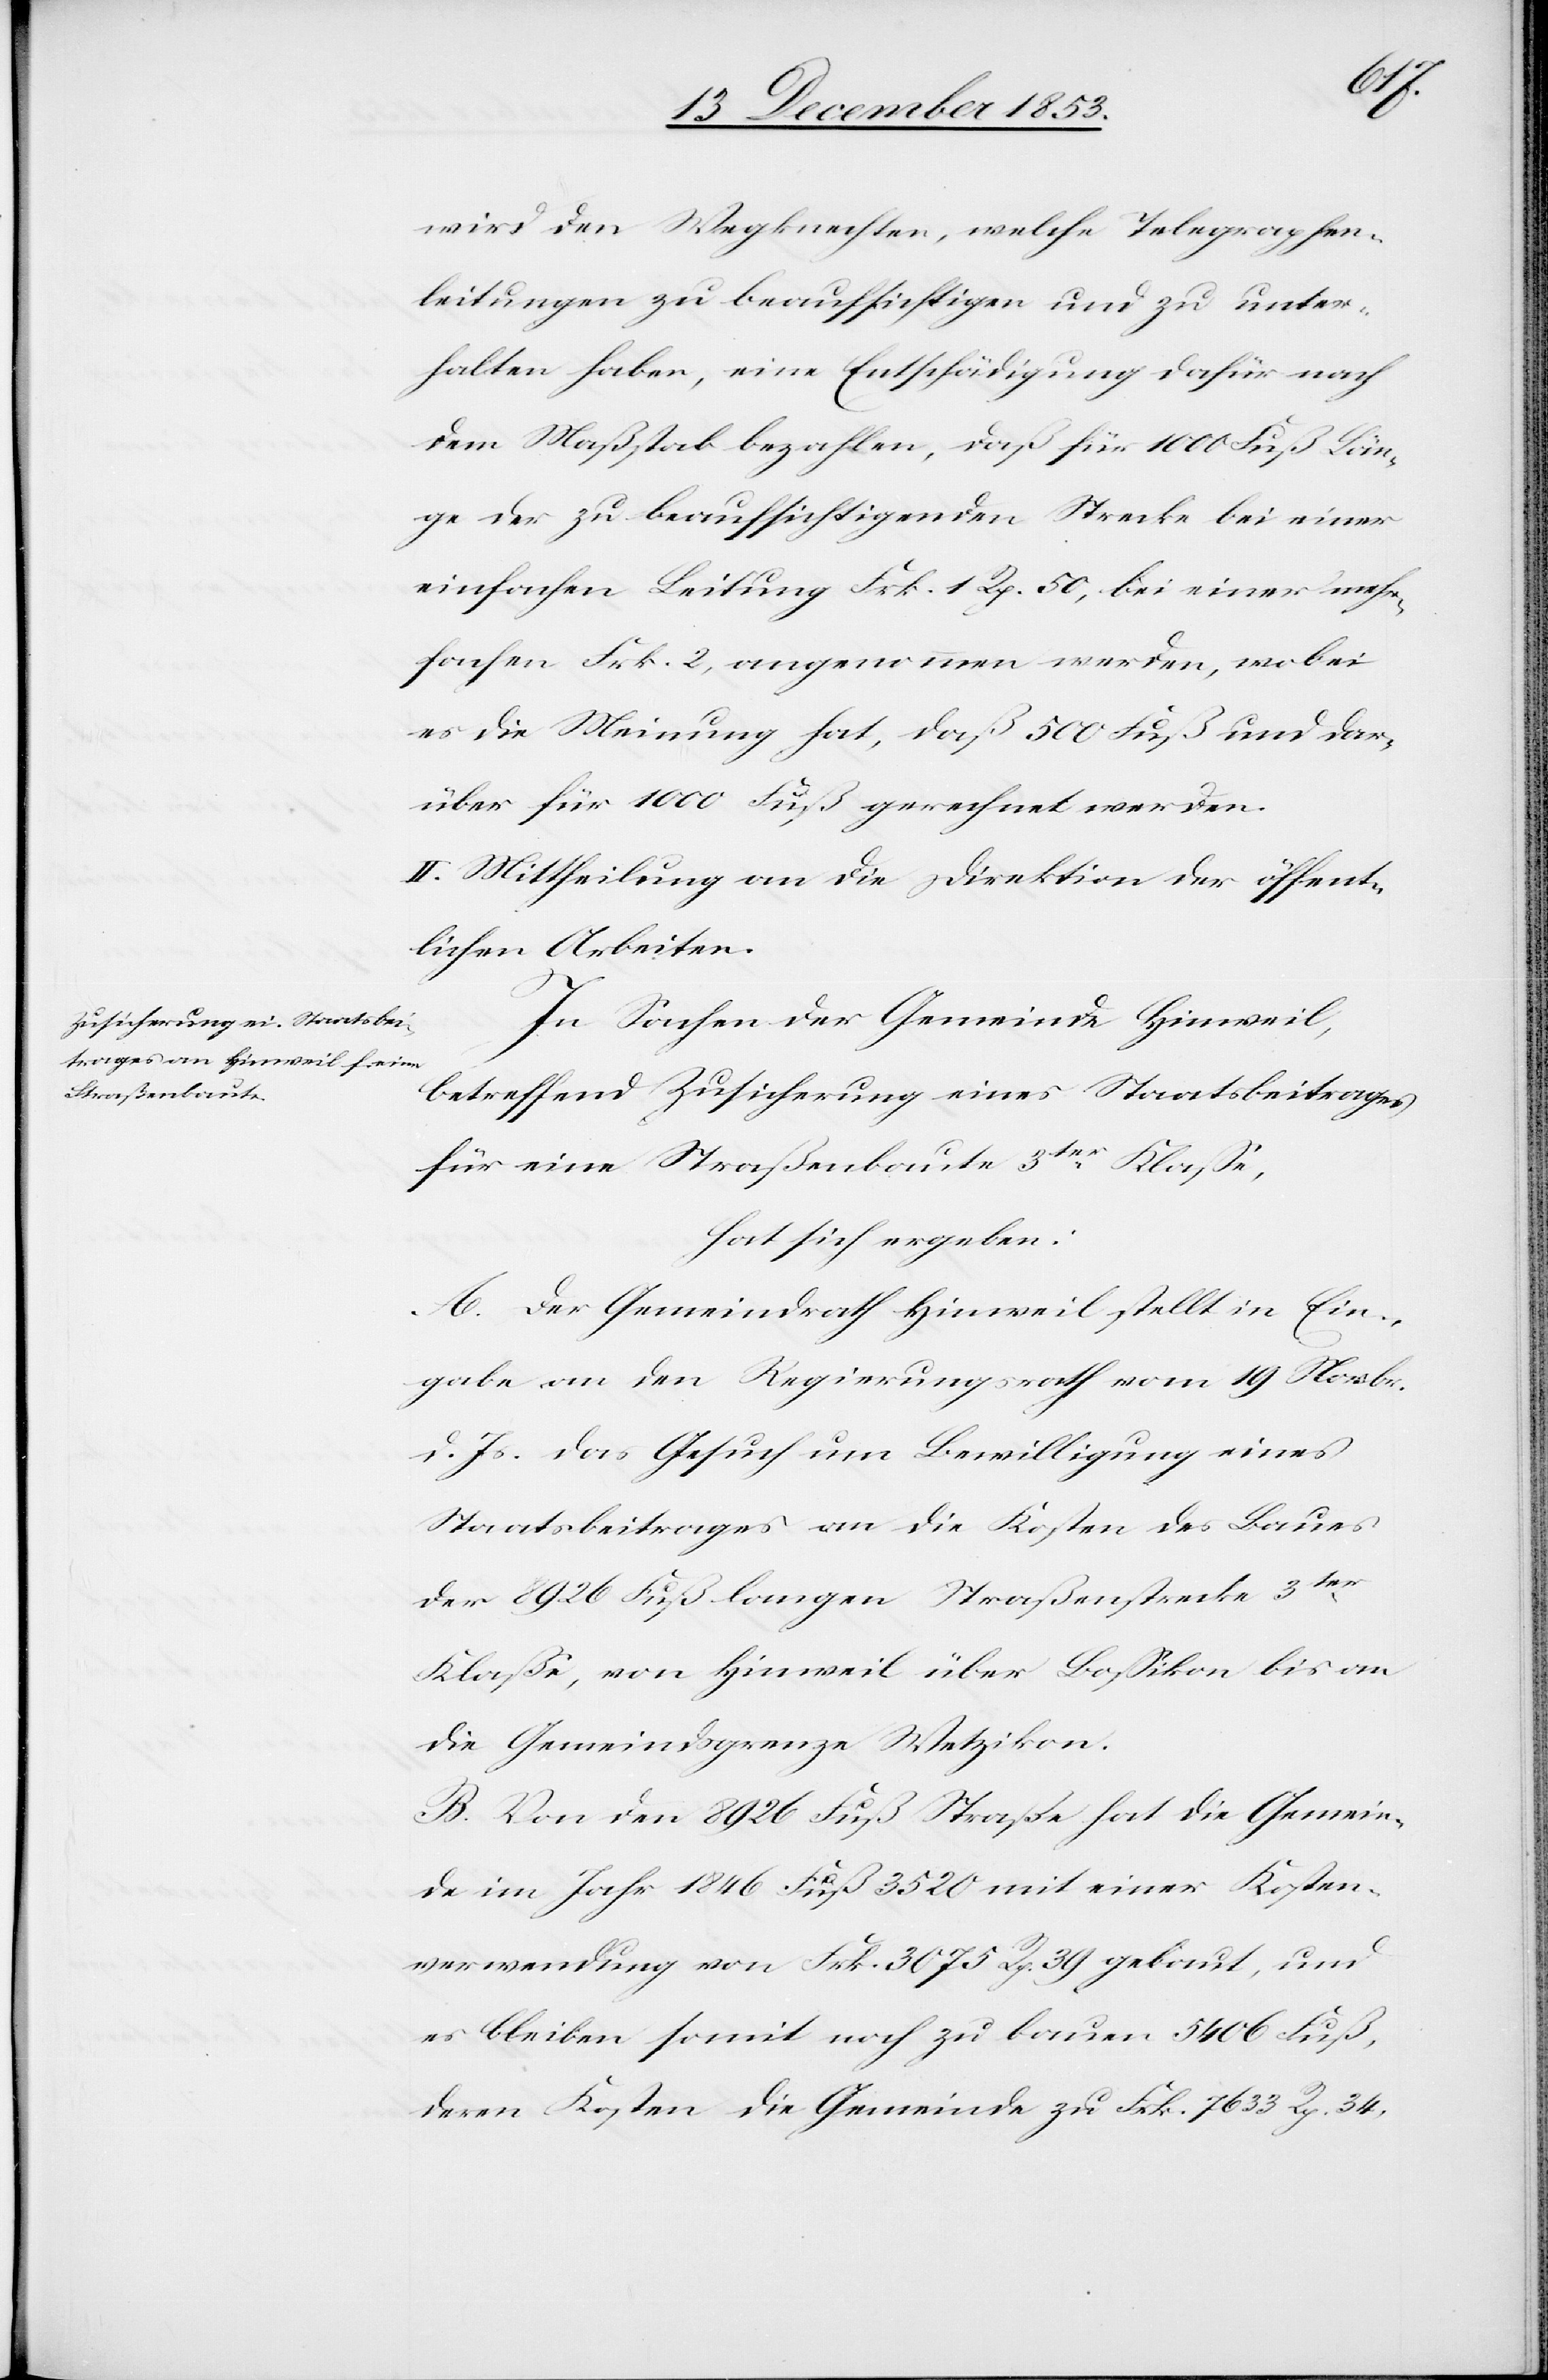
wird den Wegknechten, welche Telegraphen¬
leitungen zu beaufsichtigen und zu unter¬
halten haben, eine Entschädigung dafür nach
dem Maßstab bezahlen, daß für 1000 Fuß Län¬
ge der zu beaufsichtigenden Strecke bei einer
einfachen Leitung Frk. 1 Rp. 50, bei einer mehr¬
fachen Frk. 2, angenommen werden, wobei
es die Meinung hat, daß 500 Fuß und dar¬
über für 1000 Fuß gerechnet werden.
II. Mittheilung an die Direktion der öffent¬
lichen Arbeiten.
In Sachen der Gemeinde Hinweil,
betreffend Zusicherung eines Staatsbeitrages
für eine Straßenbaute 3ter Klaße,
hat sich ergeben:
A. Der Gemeindrath Hinweil stellt in Ein¬
gabe an den Regierungsrath vom 19 Novbr.
d. Js. das Gesuch um Bewilligung eines
Staatsbeitrages an die Kosten des Baues
der 8926 Fuß langen Straßenstrecke 3ter
Klaße, von Hinweil über Boßikon bis an
die Gemeindsgrenze Wetzikon.
B. Von den 8926 Fuß Straße hat die Gemein¬
de im Jahr 1846 Fuß 3520 mit einer Kosten¬
verwendung von Frk. 3075 Rp. 39 gebaut, und
es bleiben somit noch zu bauen 5406 Fuß,
deren Kosten die Gemeinde zu Frk. 7633 Rp. 34,